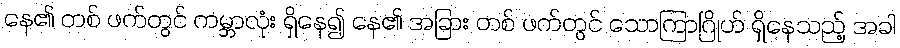
နေ၏ တစ် ဖက်တွင် ကမ္ဘာလုံး ရှိနေ၍ နေ၏ အခြား တစ် ဖက်တွင် သောကြာဂြိုဟ် ရှိနေသည့် အခါ